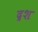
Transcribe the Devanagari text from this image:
द्रश